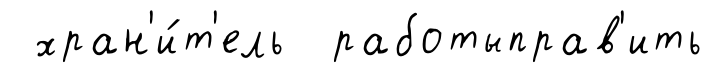
хран'и́т'ель работыправ'ить